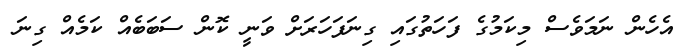
އެހެން ނަމަވެސް މިކަމުގެ ފަހަތުގައި ގިނަފަހަރަށް ވަނީ ކޮން ސަބަބެއް ކަމެއް ގިނަ